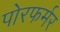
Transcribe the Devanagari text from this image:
पोरफर्मर